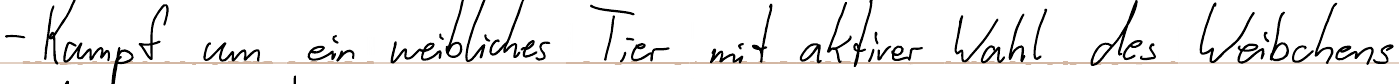
- Kampf um ein weibliches Tier mit aktiver Wahl des Weibchens